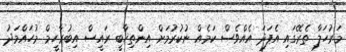
މަރުހަލާ ތެރޭގައި އެފަދަ އެއްވެސް ކަމެއް ނުކުރުމަށް އިންތިޚާބީ ރައީސް އިބުރާހީމް މުހައްމަދު